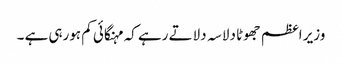
وزیر اعظم جھوٹا دلاسہ دلاتے رہے کہ مہنگائی کم ہورہی ہے ۔